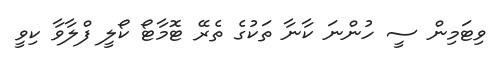
ވިޓަމިން ސީ ހުންނަ ކާނާ ތަކުގެ ތެރޭ ޓޮމާޓޯ ކޯލީ ފްލާވާ ކިވީ